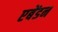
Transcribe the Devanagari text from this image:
एबेंडन